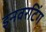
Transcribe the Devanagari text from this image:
इनवरटिंग